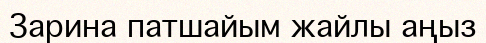
Зарина патшайым жайлы аңыз